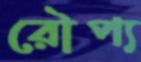
রৌপ্য